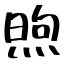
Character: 煦